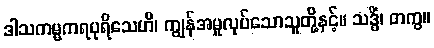
ဒါသကမ္မကရပုရိသေဟိ၊ ကျွန်အမှုလုပ်သောသူတို့နှင့်။ သဒ္ဓိံ၊ တကွ။